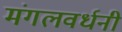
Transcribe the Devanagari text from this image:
मंगलवर्धनी